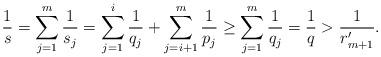
LaTeX: \begin{align*}\frac{1}{s}=\sum_{j=1}^m \frac1{s_j}=\sum_{j=1}^{i} \frac1{q_j}+\sum_{j=i+1}^m \frac1{p_j}\ge\sum_{j=1}^m \frac1{q_j}=\frac 1q>\frac1{r_{m+1}'}.\end{align*}